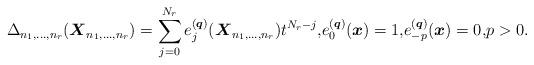
LaTeX: \begin{gather*} \Delta_{n_1,\ldots,n_r}({\boldsymbol{X}}_{n_1,\ldots,n_r}) = \sum_{j=0}^{N_r}e_{j}^{({\boldsymbol{q}})}({\boldsymbol{X}}_{n_1,\ldots,n_r}) t^{N_r-j}, \!e_{0}^{({\boldsymbol{q}})}({\boldsymbol{x}})=1,\!e_{-p}^{({\boldsymbol{q}})}({\boldsymbol{x}})=0, \!p > 0.\end{gather*}